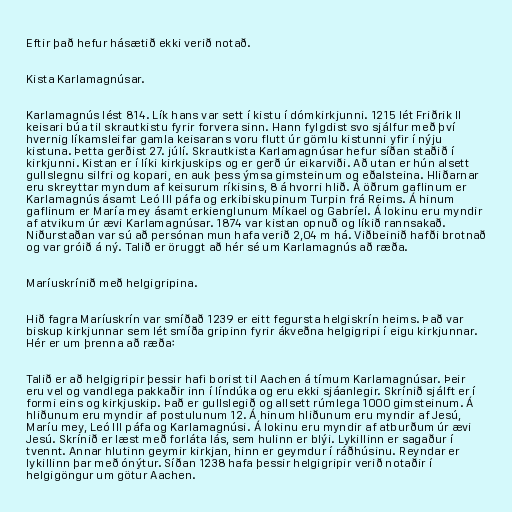
Eftir það hefur hásætið ekki verið notað.

Kista Karlamagnúsar.

Karlamagnús lést 814. Lík hans var sett í kistu í dómkirkjunni. 1215 lét Friðrik II
keisari búa til skrautkistu fyrir forvera sinn. Hann fylgdist svo sjálfur með því
hvernig líkamsleifar gamla keisarans voru flutt úr gömlu kistunni yfir í nýju
kistuna. Þetta gerðist 27. júlí. Skrautkista Karlamagnúsar hefur síðan staðið í
kirkjunni. Kistan er í líki kirkjuskips og er gerð úr eikarviði. Að utan er hún alsett
gullslegnu silfri og kopari, en auk þess ýmsa gimsteinum og eðalsteina. Hliðarnar
eru skreyttar myndum af keisurum ríkisins, 8 á hvorri hlið. Á öðrum gaflinum er
Karlamagnús ásamt Leó III páfa og erkibiskupinum Turpin frá Reims. Á hinum
gaflinum er María mey ásamt erkienglunum Míkael og Gabríel. Á lokinu eru myndir
af atvikum úr ævi Karlamagnúsar. 1874 var kistan opnuð og líkið rannsakað.
Niðurstaðan var sú að persónan mun hafa verið 2,04 m há. Viðbeinið hafði brotnað
og var gróið á ný. Talið er öruggt að hér sé um Karlamagnús að ræða.

Maríuskrínið með helgigripina.

Hið fagra Maríuskrín var smíðað 1239 er eitt fegursta helgiskrín heims. Það var
biskup kirkjunnar sem lét smíða gripinn fyrir ákveðna helgigripi í eigu kirkjunnar.
Hér er um þrenna að ræða:

Talið er að helgigripir þessir hafi borist til Aachen á tímum Karlamagnúsar. Þeir
eru vel og vandlega pakkaðir inn í líndúka og eru ekki sjáanlegir. Skrínið sjálft er í
formi eins og kirkjuskip. Það er gullslegið og allsett rúmlega 1000 gimsteinum. Á
hliðunum eru myndir af postulunum 12. Á hinum hliðunum eru myndir af Jesú,
Maríu mey, Leó III páfa og Karlamagnúsi. Á lokinu eru myndir af atburðum úr ævi
Jesú. Skrínið er læst með forláta lás, sem hulinn er blýi. Lykillinn er sagaður í
tvennt. Annar hlutinn geymir kirkjan, hinn er geymdur í ráðhúsinu. Reyndar er
lykillinn þar með ónýtur. Síðan 1238 hafa þessir helgigripir verið notaðir í
helgigöngur um götur Aachen.